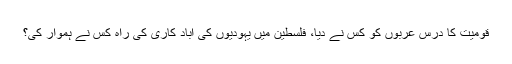
قومیت کا درس عربوں کو کس نے دیا، فلسطین میں یہودیوں کی آباد کاری کی راہ کس نے ہموار کی؟